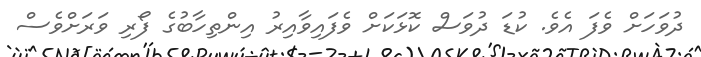
ދުވަހަށް ވެފަ އެވެ. ކުޑަ ދުވަސް ކޮޅަކަށް ވެފައިވާއިރު އިންތިހާބުގެ ފޯރި ވަރަށްވެސް